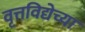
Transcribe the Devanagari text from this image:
वृत्तविद्येच्या